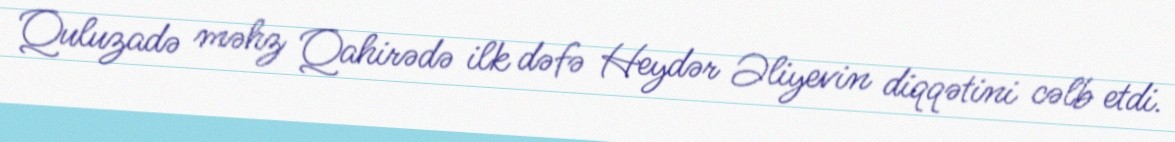
Quluzadə məhz Qahirədə ilk dəfə Heydər Əliyevin diqqətini cəlb etdi.